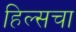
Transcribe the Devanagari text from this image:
हिल्सचा